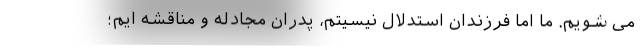
می شویم. ما اما فرزندان استدلال نیسیتم، پدران مجادله و مناقشه ایم؛